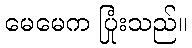
မေမေက ပြုံးသည်။